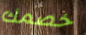
خصمك